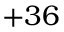
+ 3 6